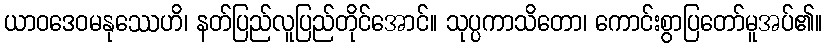
ယာဝဒေဝမနုဿေဟိ၊ နတ်ပြည်လူပြည်တိုင်အောင်။ သုပ္ပကာသိတော၊ ကောင်းစွာပြတော်မူအပ်၏။